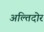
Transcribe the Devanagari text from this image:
अल्तिदोर